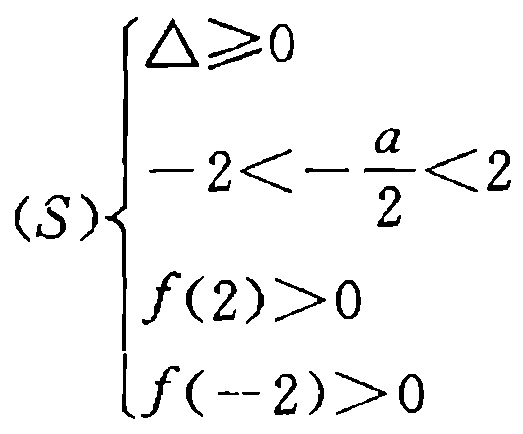
\((S)\begin{cases}
\Delta\geq0 \\
-2<-\frac{a}{2}<2 \\
f(2)>0 \\
f(-2)>0
\end{cases}\)